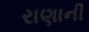
રાણાની